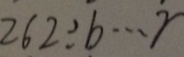
2 6 2 \div b \cdots r